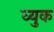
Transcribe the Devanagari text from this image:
व्युक